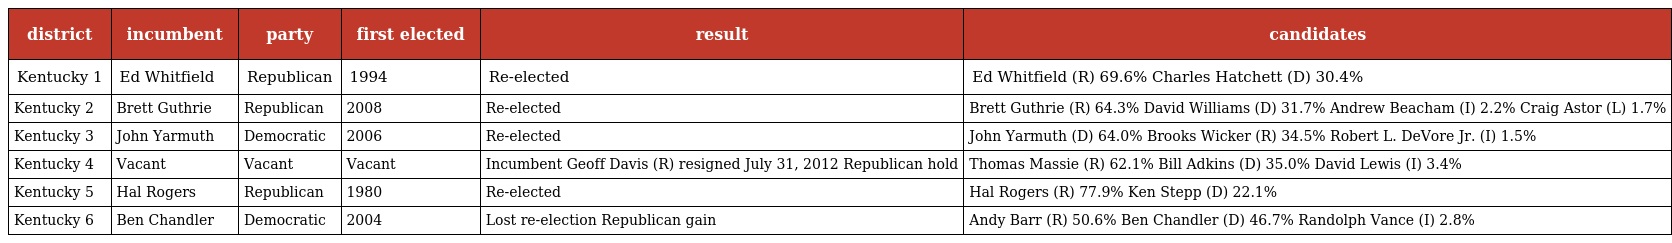
| district | incumbent | party | first elected | result | candidates |
 | --- | --- | --- | --- | --- | --- |
 | Kentucky 1 | Ed Whitfield | Republican | 1994 | Re-elected | Ed Whitfield (R) 69.6% Charles Hatchett (D) 30.4% |
 | Kentucky 2 | Brett Guthrie | Republican | 2008 | Re-elected | Brett Guthrie (R) 64.3% David Williams (D) 31.7% Andrew Beacham (I) 2.2% Craig Astor (L) 1.7% |
 | Kentucky 3 | John Yarmuth | Democratic | 2006 | Re-elected | John Yarmuth (D) 64.0% Brooks Wicker (R) 34.5% Robert L. DeVore Jr. (I) 1.5% |
 | Kentucky 4 | Vacant | Vacant | Vacant | Incumbent Geoff Davis (R) resigned July 31, 2012 Republican hold | Thomas Massie (R) 62.1% Bill Adkins (D) 35.0% David Lewis (I) 3.4% |
 | Kentucky 5 | Hal Rogers | Republican | 1980 | Re-elected | Hal Rogers (R) 77.9% Ken Stepp (D) 22.1% |
 | Kentucky 6 | Ben Chandler | Democratic | 2004 | Lost re-election Republican gain | Andy Barr (R) 50.6% Ben Chandler (D) 46.7% Randolph Vance (I) 2.8% |